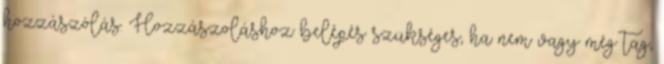
hozzászólás. Hozzászoláshoz belépés szükséges, ha nem vagy még tag,